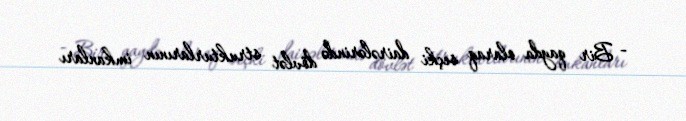
- Bir qayda olaraq seçki dairələrində dövlət strukturlarının imkanları